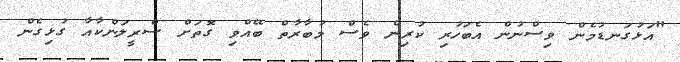
"އަޅުގަނޑުމެން ވިސްނުން އެބަހުރި ކުރިން ވެސް މުބާރާތް ބޭއްވި ގޮތަށް ސްރީލަންކާއާ ގުޅިގެން